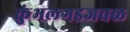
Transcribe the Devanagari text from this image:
कुंभलगडजवळ